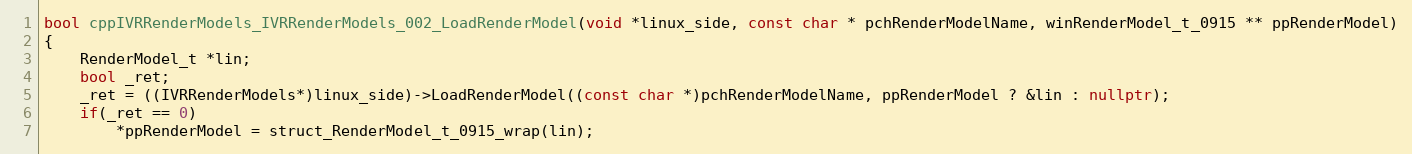
Language: C++
bool cppIVRRenderModels_IVRRenderModels_002_LoadRenderModel(void *linux_side, const char * pchRenderModelName, winRenderModel_t_0915 ** ppRenderModel)
{
    RenderModel_t *lin;
    bool _ret;
    _ret = ((IVRRenderModels*)linux_side)->LoadRenderModel((const char *)pchRenderModelName, ppRenderModel ? &lin : nullptr);
    if(_ret == 0)
        *ppRenderModel = struct_RenderModel_t_0915_wrap(lin);